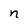
Character: n